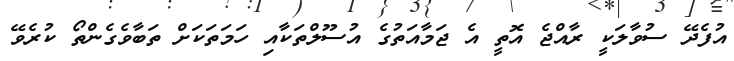
އުފެދޭ ސުވާލަކީ ރާއްޖެ އޮތީ އެ ޖަމާއަތުގެ އުސޫލްތަކާއި ހަމަތަކަށް ތަބާވެގެންތޯ ކުރެވޭ